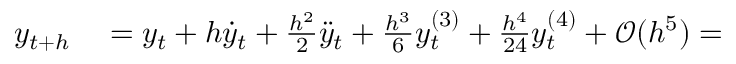
\begin{array} { r l } { y _ { t + h } } & { { } = y _ { t } + h { \dot { y } } _ { t } + { \frac { h ^ { 2 } } { 2 } } { \ddot { y } } _ { t } + { \frac { h ^ { 3 } } { 6 } } y _ { t } ^ { ( 3 ) } + { \frac { h ^ { 4 } } { 2 4 } } y _ { t } ^ { ( 4 ) } + { \mathcal { O } } ( h ^ { 5 } ) = } \end{array}